Civil Veterinary Dept. Bombay admin report 1914-1922 - 1914-1922
Year: 1914
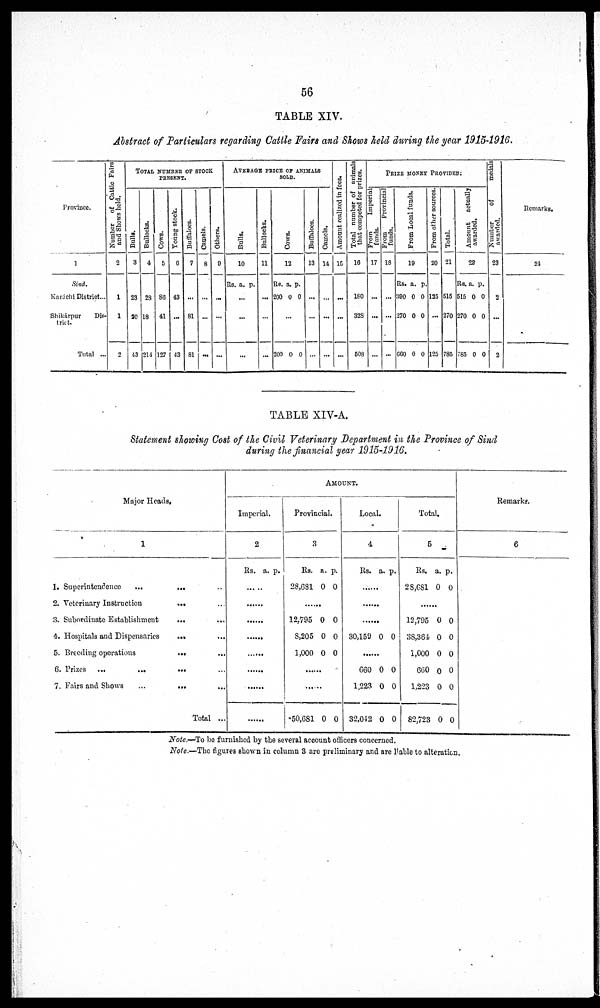
56
TABLE XIV.
Abstract of Particulars regarding Cattle Fairs and Shows held during the year 1915-1916.
Province.
1
Sind.
Karáchi District ...
Shikárpur
Dis-
trict.
Total ...
Number
of Cattle Fairs
and Shows held.
2
1
1
2
TOTAL NUMBER OF STOCK
PRESENT.
Bulls.
3
23
20
43
Bullocks.
4
23
18
214
Cows.
5
86
41
127
Young stock.
6
43
...
43
Buffaloes.
7
...
81
81
Camels.
8
...
...
...
Others.
9
...
...
...
AVERAGE PRICE OF ANIMALS
SOLD.
Bul l s.
10
Rs. a. p.
...
...
...
Bullocks.
11
...
...
...
Cows .
12
Rs.
200
a.
0
p.
0
...
200 0 0
Buffaloes.
13
...
...
...
Camels.
14
...
...
...
Amount realized in fees.
15
...
...
...
Total number of animals
that competed for prizes.
16
180
328
508
PRIZE MONEY PROVIDED.
From
Imperial
funds.
17
...
...
...
From
Provincial
funds.
18
...
...
...
Fr om Local f unds.
19
Rs.
390
270
600
a.
0
0
0
p.
0
0
0
From other sources.
20
125
...
125
Total.
21
515
270
785
Amount actually
awarded.
22
Rs.
515
270
785
a.
0
0
0
p.
0
0
0
Number of
medals
awarded.
23
2
...
2
Remarks.
24
TABLE XIV-A.
Statement showing Cost of the Civil Veterinary Department in the Province of Sind
during the financial year 1915-1916.
Major Heads.
1
1. Superintendence ... ... ...
2. Veterinary Instruction ... ...
3. Subordinate Establishment ... ...
4. Hospitals and Dispensaries ... ...
5. Breeding operations ... ...
6. Prizes ... ... ... ...
7. Fairs and Shows ... ... ...
Total ...
AMOUNT.
Imperial.
2
Rs. a. p.
......
......
......
......
......
......
......
......
Provincial.
3
Rs.
28,681
a.
0
p.
0
......
12,795
8,205
1,000
0
0
0
0
0
0
......
......
50,681 0 0
Local.
4
Rs. a. p.
......
......
......
30,159 0 0
......
660
1,223
32,042
0
0
0
0
0
0
Total.
5
Rs.
28,681
a.
0
p.
0
......
12,795
38,364
1,000
660
1,223
82,723
0
0
0
0
0
0
0
0
0
0
0
0
Remarks.
6
Note.—To be furnished by the several account officers concerned.
Note.—The figures shown in column 3 are preliminary and are liable to alteration.